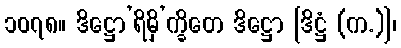
၁၀၇၈။ ဒိဋ္ဌော’ရိမှိ’က္ခိတေ ဒိဋ္ဌော [ဒိဋ္ဌံ (က.)]၊